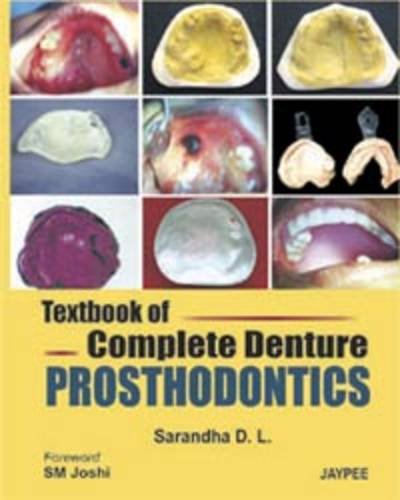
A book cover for Textbook of Complete Denture Prosthodontics; Sarandha D. L.; Medical Books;